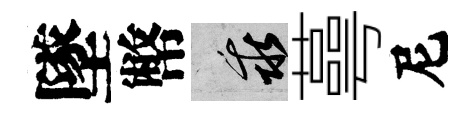
墜幣乖蕚尼